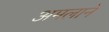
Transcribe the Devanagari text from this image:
अमलाने